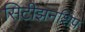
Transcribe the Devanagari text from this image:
सिटीझनशिप